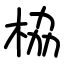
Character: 栛